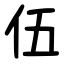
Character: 伍